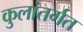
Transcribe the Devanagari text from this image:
कुलांतर्गत